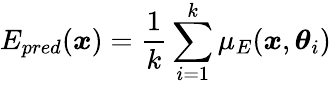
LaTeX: E_{pred}(\boldsymbol{x})=\frac{1}{k}\sum_{i=1}^{k}\mu_{E}(\boldsymbol{x},\boldsymbol{\theta}_{i})